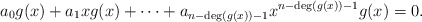
\begin{align*}a_0g(x)+a_1xg(x)+\cdots+a_{n-{\rm deg}(g(x))-1}x^{n-{\rm deg}(g(x))-1}g(x)=0.\end{align*}